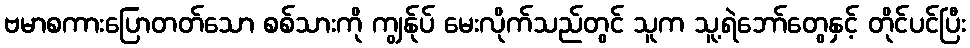
ဗမာစကားပြောတတ်သော စစ်သားကို ကျွန်ုပ် မေးလိုက်သည်တွင် သူက သူ့ရဲဘော်တွေနှင့် တိုင်ပင်ပြီး